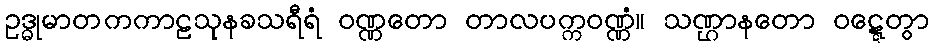
ဥဒ္ဓုမာတကကာဠသုနခသရီရံ ဝဏ္ဏတော တာလပက္ကဝဏ္ဏံ။ သဏ္ဌာနတော ဝဋ္ဋေတွာ